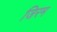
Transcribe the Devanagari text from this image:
जिरम